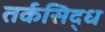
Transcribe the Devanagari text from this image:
तर्कसिद्ध